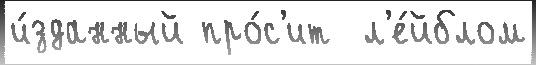
и́зданный про́с'ит  л'е́йблом